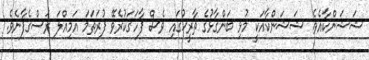
ޝަޝަންކާއެވެ. ޝަޝަންކާއަކީ މުޅި ބަންގާޅުގެ ތާރީޚުގައި ވެސް ފާހަގަކުރެވޭ ފުރަތަމަ އަމިއްލަ ރަސްގެފާނެވެ.